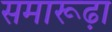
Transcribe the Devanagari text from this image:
समारूढ़ा